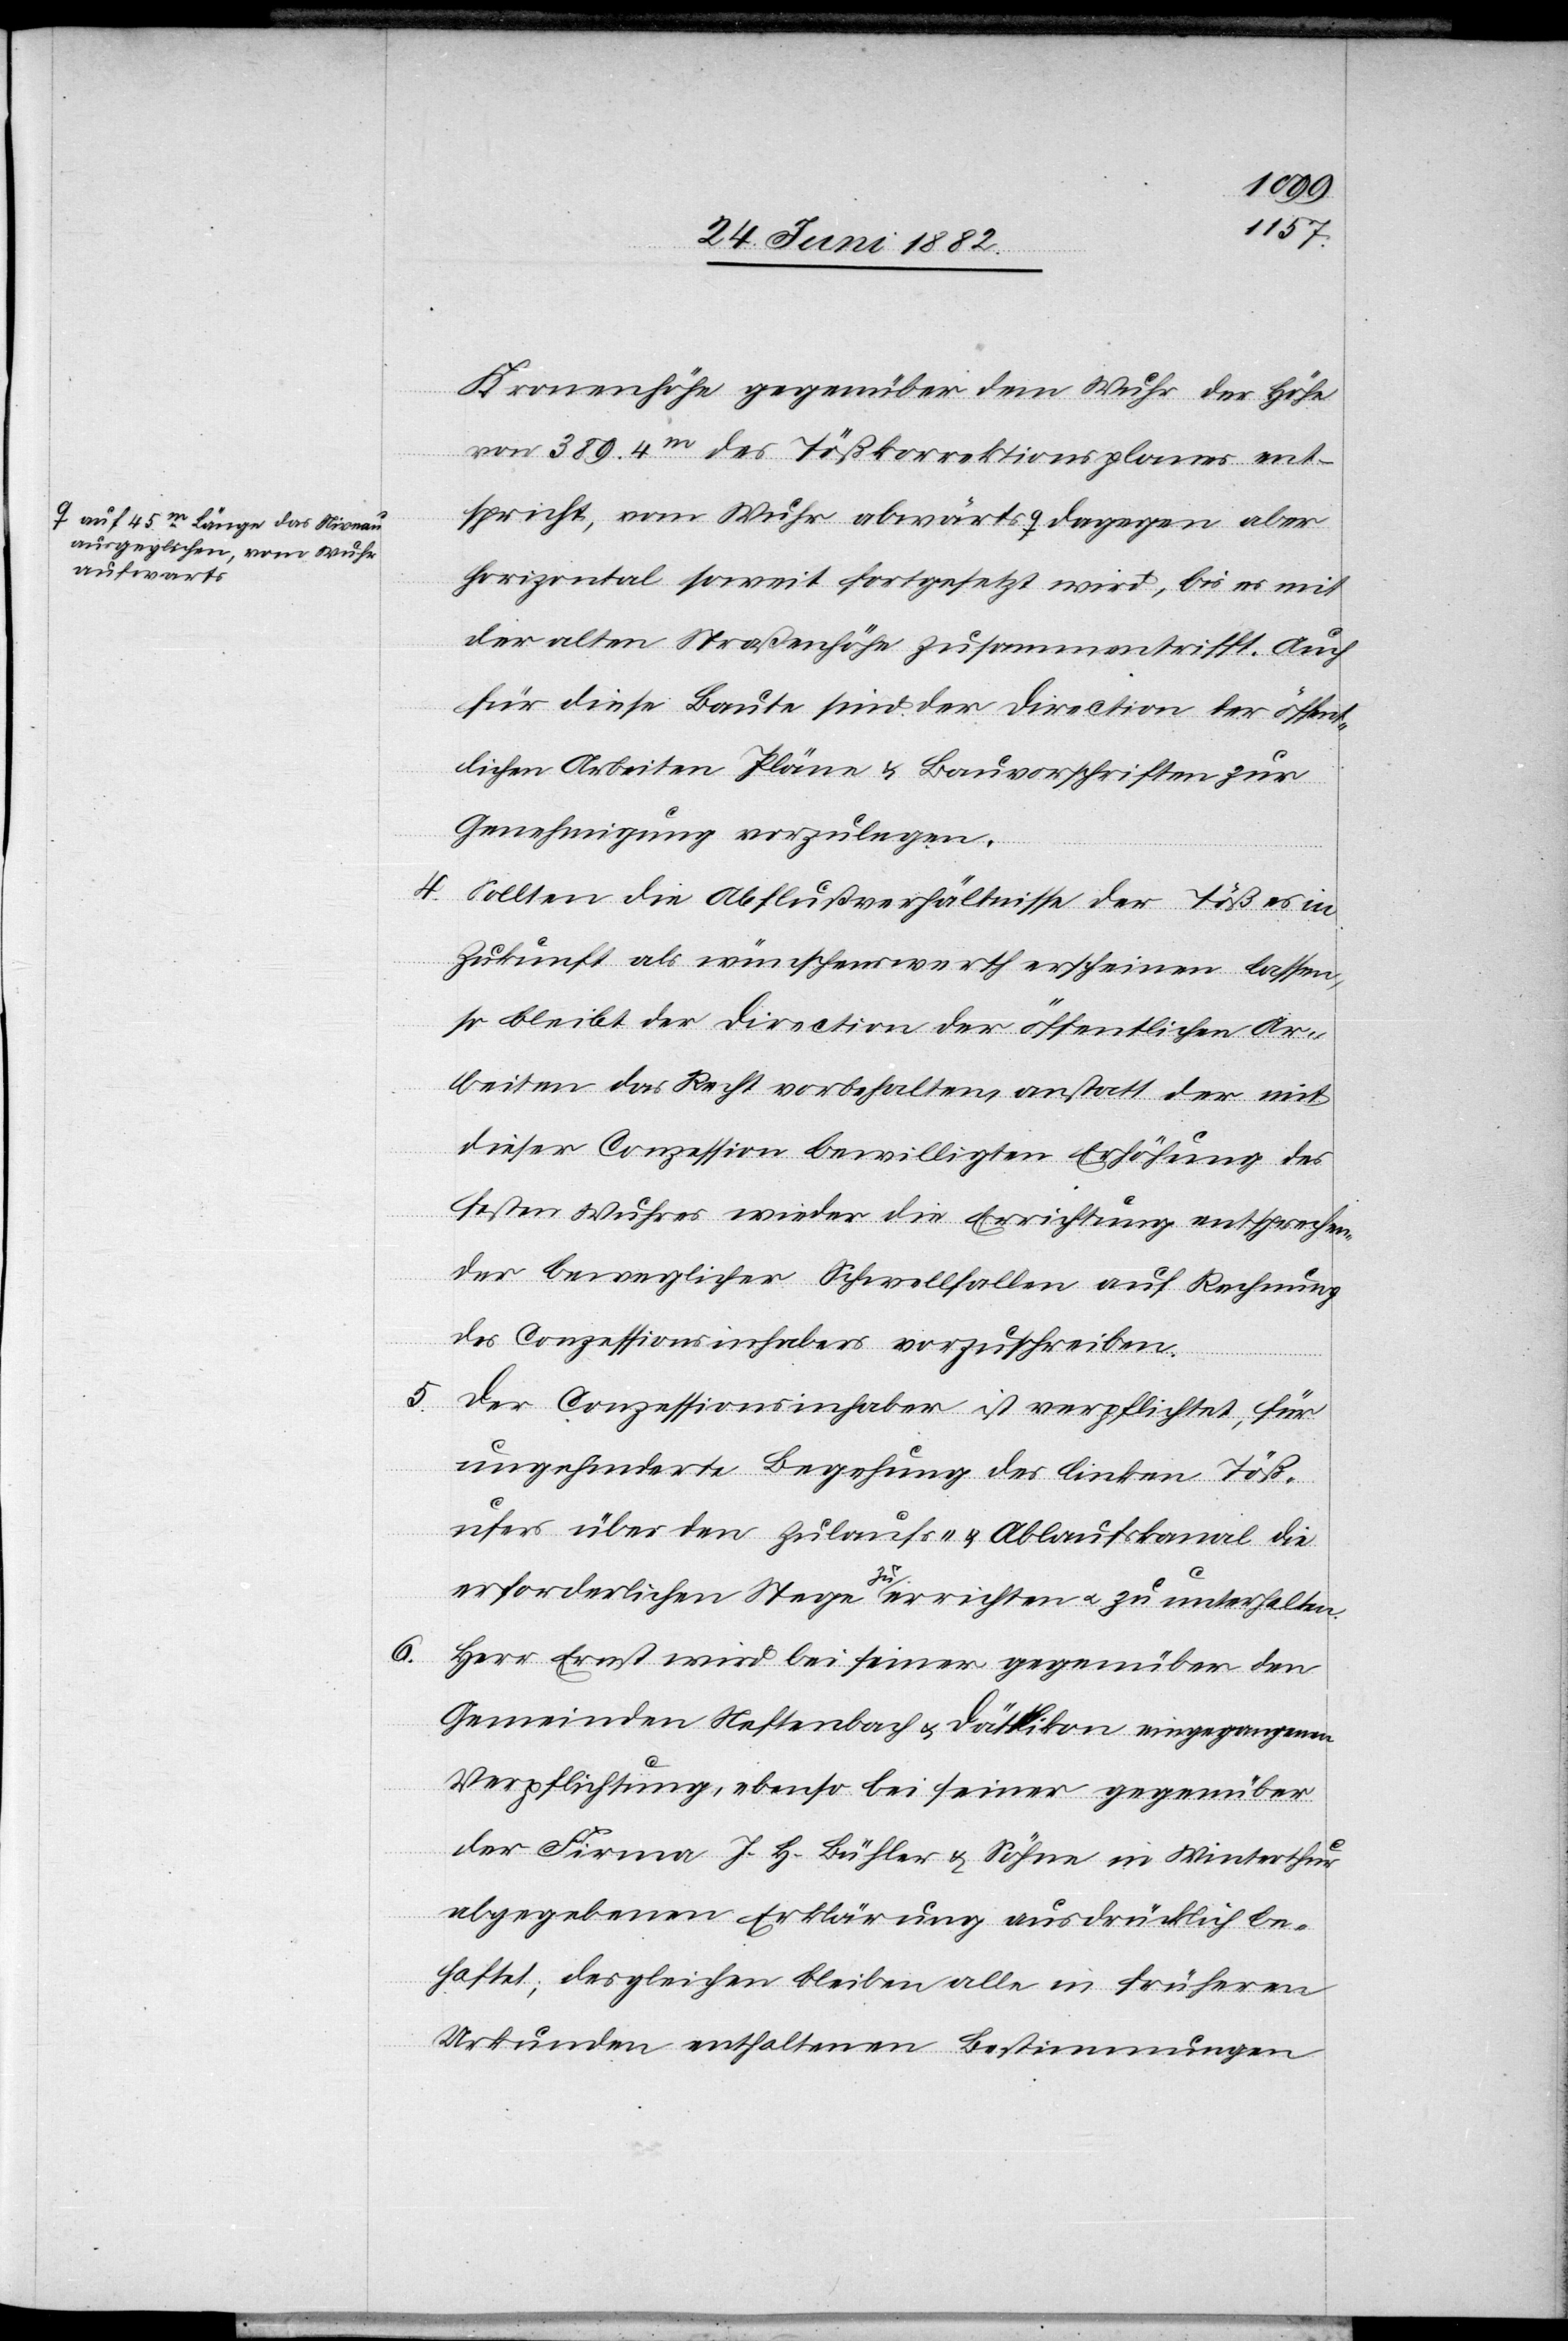
ausgeglichen, vom Wuhr
aufwärts-a

6.

5.

Kronenhöhe gegenüber dem Wuhr der Höhe
von 384.4m des Tößkorrektionsplanes ent¬
spricht, vom Wuhr abwärts a-auf 45m
horizontal soweit fortgesetzt wird, bis es mit
der alten Straßenhöhe zusammentrifft. Auch
für diese Baute sind der Direction der öffent¬
lichen Arbeiten Pläne & Bauvorschriften zur
Genehmigung vorzulegen.
4. Sollten die Abflußverhältnisse der Töß es in
Zukunft als wünschenswerth erscheinen lassen,
so bleibt der Direction der öffentlichen Ar¬
beiten das Recht vorbehalten, anstatt der mit
dieser Conzession bewilligten Erhöhung des
festen Wuhres wieder die Errichtung entsprechen¬
der beweglicher Schwellfallen auf Rechnung
des Conzessionsinhabers vorzuschreiben.
Der Conzessionsinhaber ist verpflichtet, für
ungehinderte Begehung des linken Töß¬
ufers über den Zulaufs- & Ablaufskanal die
erforderlichen Stege zu errichten u. zu Unterhalten.
Herr Ernst wird bei seiner gegenüber den
Gemeinden Neftenbach und Dättlikon eingegangenen
Verpflichtungen, ebenso bei seiner gegenüber
der Firma J. H. Bühler & Söhne in Winterthur
abgegebenen Erklärung ausdrücklich be¬
haftet; desgleichen bleiben alle in früheren
Urkunden enthaltenen Bestimmungen